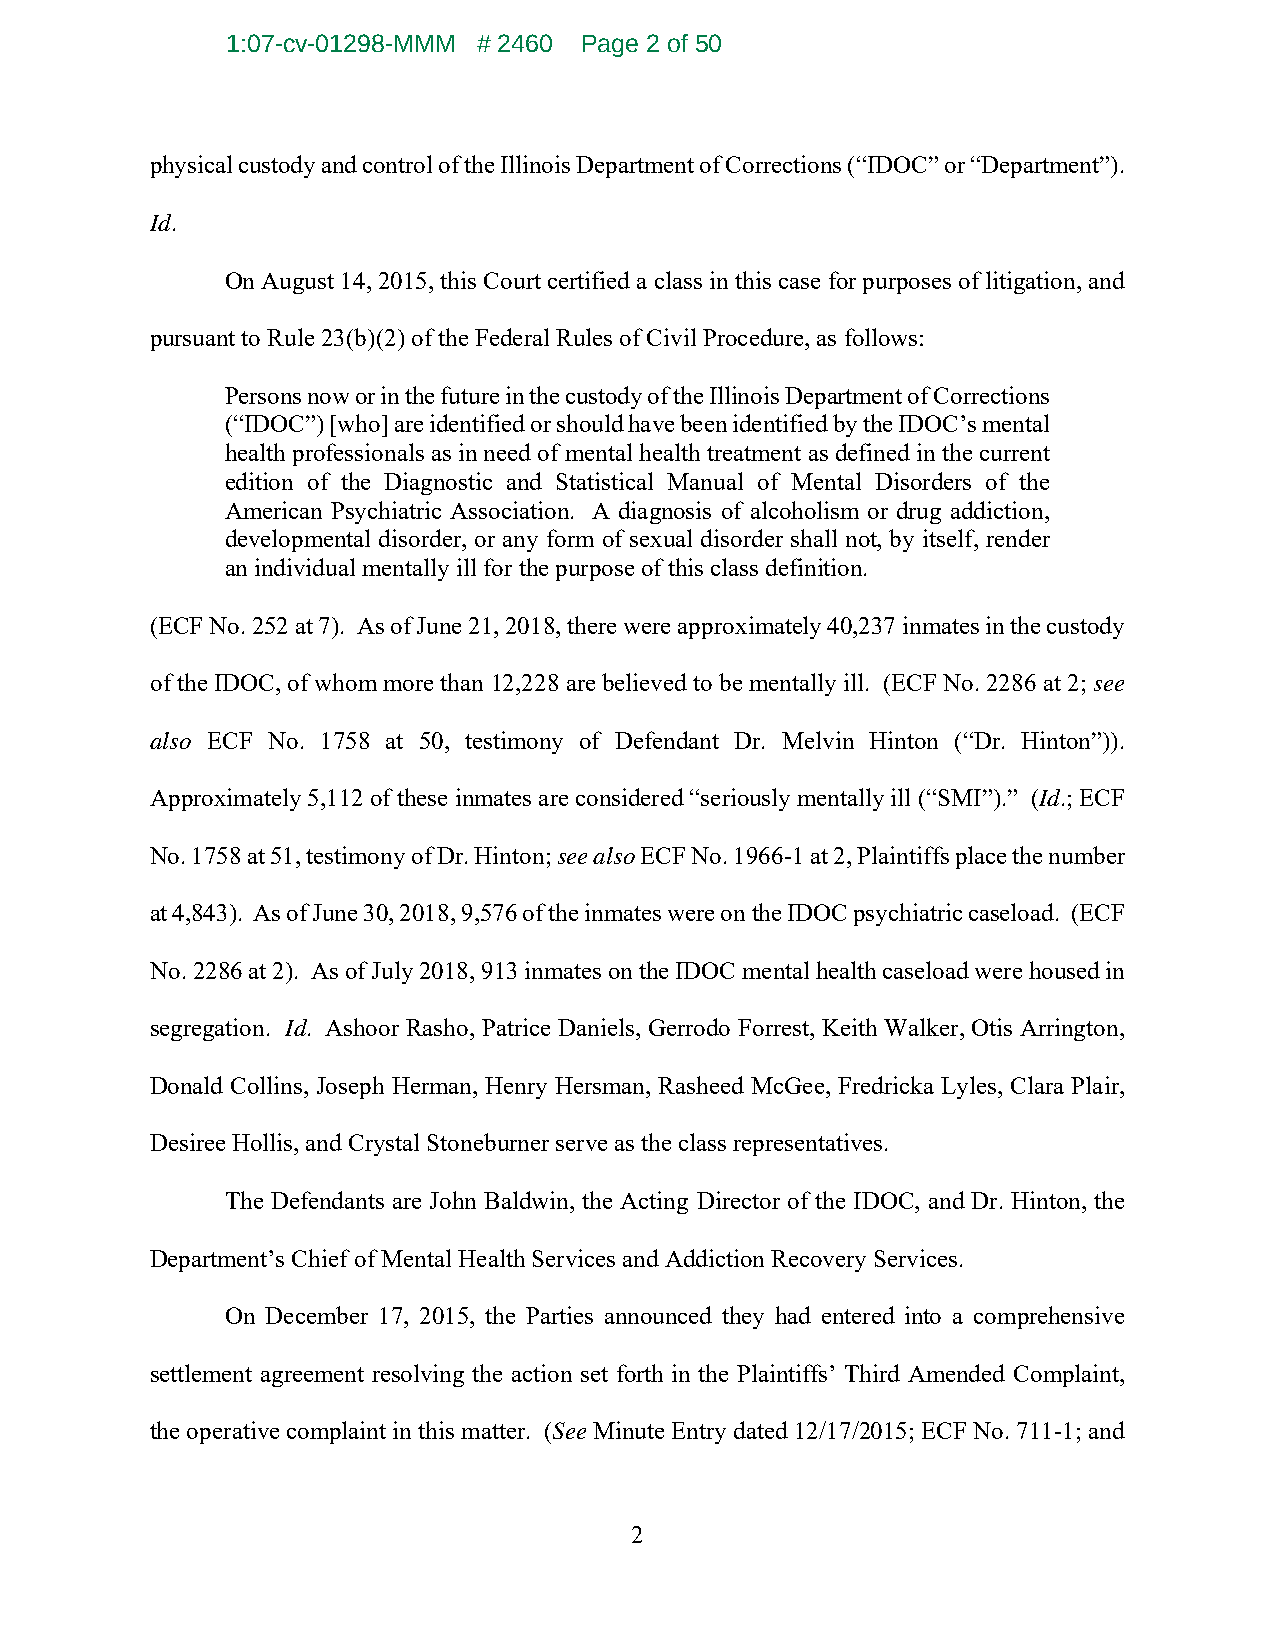
1:07-cv-01298-MMM # 2460 Page 2 of 50
 physical custody and control of the Illinois Department of Corrections (“IDOC” or “Department”).
 Id.
 On August 14, 2015, this Court certified a class in this case for purposes of litigation, and
 pursuant to Rule 23(b)(2) of the Federal Rules of Civil Procedure, as follows:
 Persons now or in the future in the custody of the Illinois Department of Corrections
 (“IDOC”) [who] are identified or should have been identified by the IDOC’s mental
 health professionals as in need of mental health treatment as defined in the current
 edition of the Diagnostic and Statistical Manual of Mental Disorders of the
 American Psychiatric Association. A diagnosis of alcoholism or drug addiction,
 developmental disorder, or any form of sexual disorder shall not, by itself, render
 an individual mentally ill for the purpose of this class definition.
 (ECF No. 252 at 7). As of June 21, 2018, there were approximately 40,237 inmates in the custody
 of the IDOC, of whom more than 12,228 are believed to be mentally ill. (ECF No. 2286 at 2; see
 also ECF No. 1758 at 50, testimony of Defendant Dr. Melvin Hinton (“Dr. Hinton”)).
 Approximately 5,112 of these inmates are considered “seriously mentally ill (“SMI”).” (Id.; ECF
 No. 1758 at 51, testimony of Dr. Hinton; see also ECF No. 1966-1 at 2, Plaintiffs place the number
 at 4,843). As of June 30, 2018, 9,576 of the inmates were on the IDOC psychiatric caseload. (ECF
 No. 2286 at 2). As of July 2018, 913 inmates on the IDOC mental health caseload were housed in
 segregation. Id. Ashoor Rasho, Patrice Daniels, Gerrodo Forrest, Keith Walker, Otis Arrington,
 Donald Collins, Joseph Herman, Henry Hersman, Rasheed McGee, Fredricka Lyles, Clara Plair,
 Desiree Hollis, and Crystal Stoneburner serve as the class representatives.
 The Defendants are John Baldwin, the Acting Director of the IDOC, and Dr. Hinton, the
 Department’s Chief of Mental Health Services and Addiction Recovery Services.
 On December 17, 2015, the Parties announced they had entered into a comprehensive
 settlement agreement resolving the action set forth in the Plaintiffs’ Third Amended Complaint,
 the operative complaint in this matter. (See Minute Entry dated 12/17/2015; ECF No. 711-1; and
 2